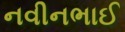
નવીનભાઈ